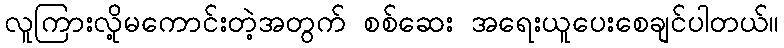
လူကြားလို့မကောင်းတဲ့အတွက် စစ်ဆေး အရေးယူပေးစေချင်ပါတယ်။